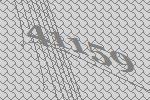
41159